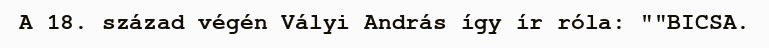
A 18. század végén Vályi András így ír róla: ""BICSA.